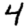
Digit: 4